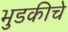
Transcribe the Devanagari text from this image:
भुडकीचे